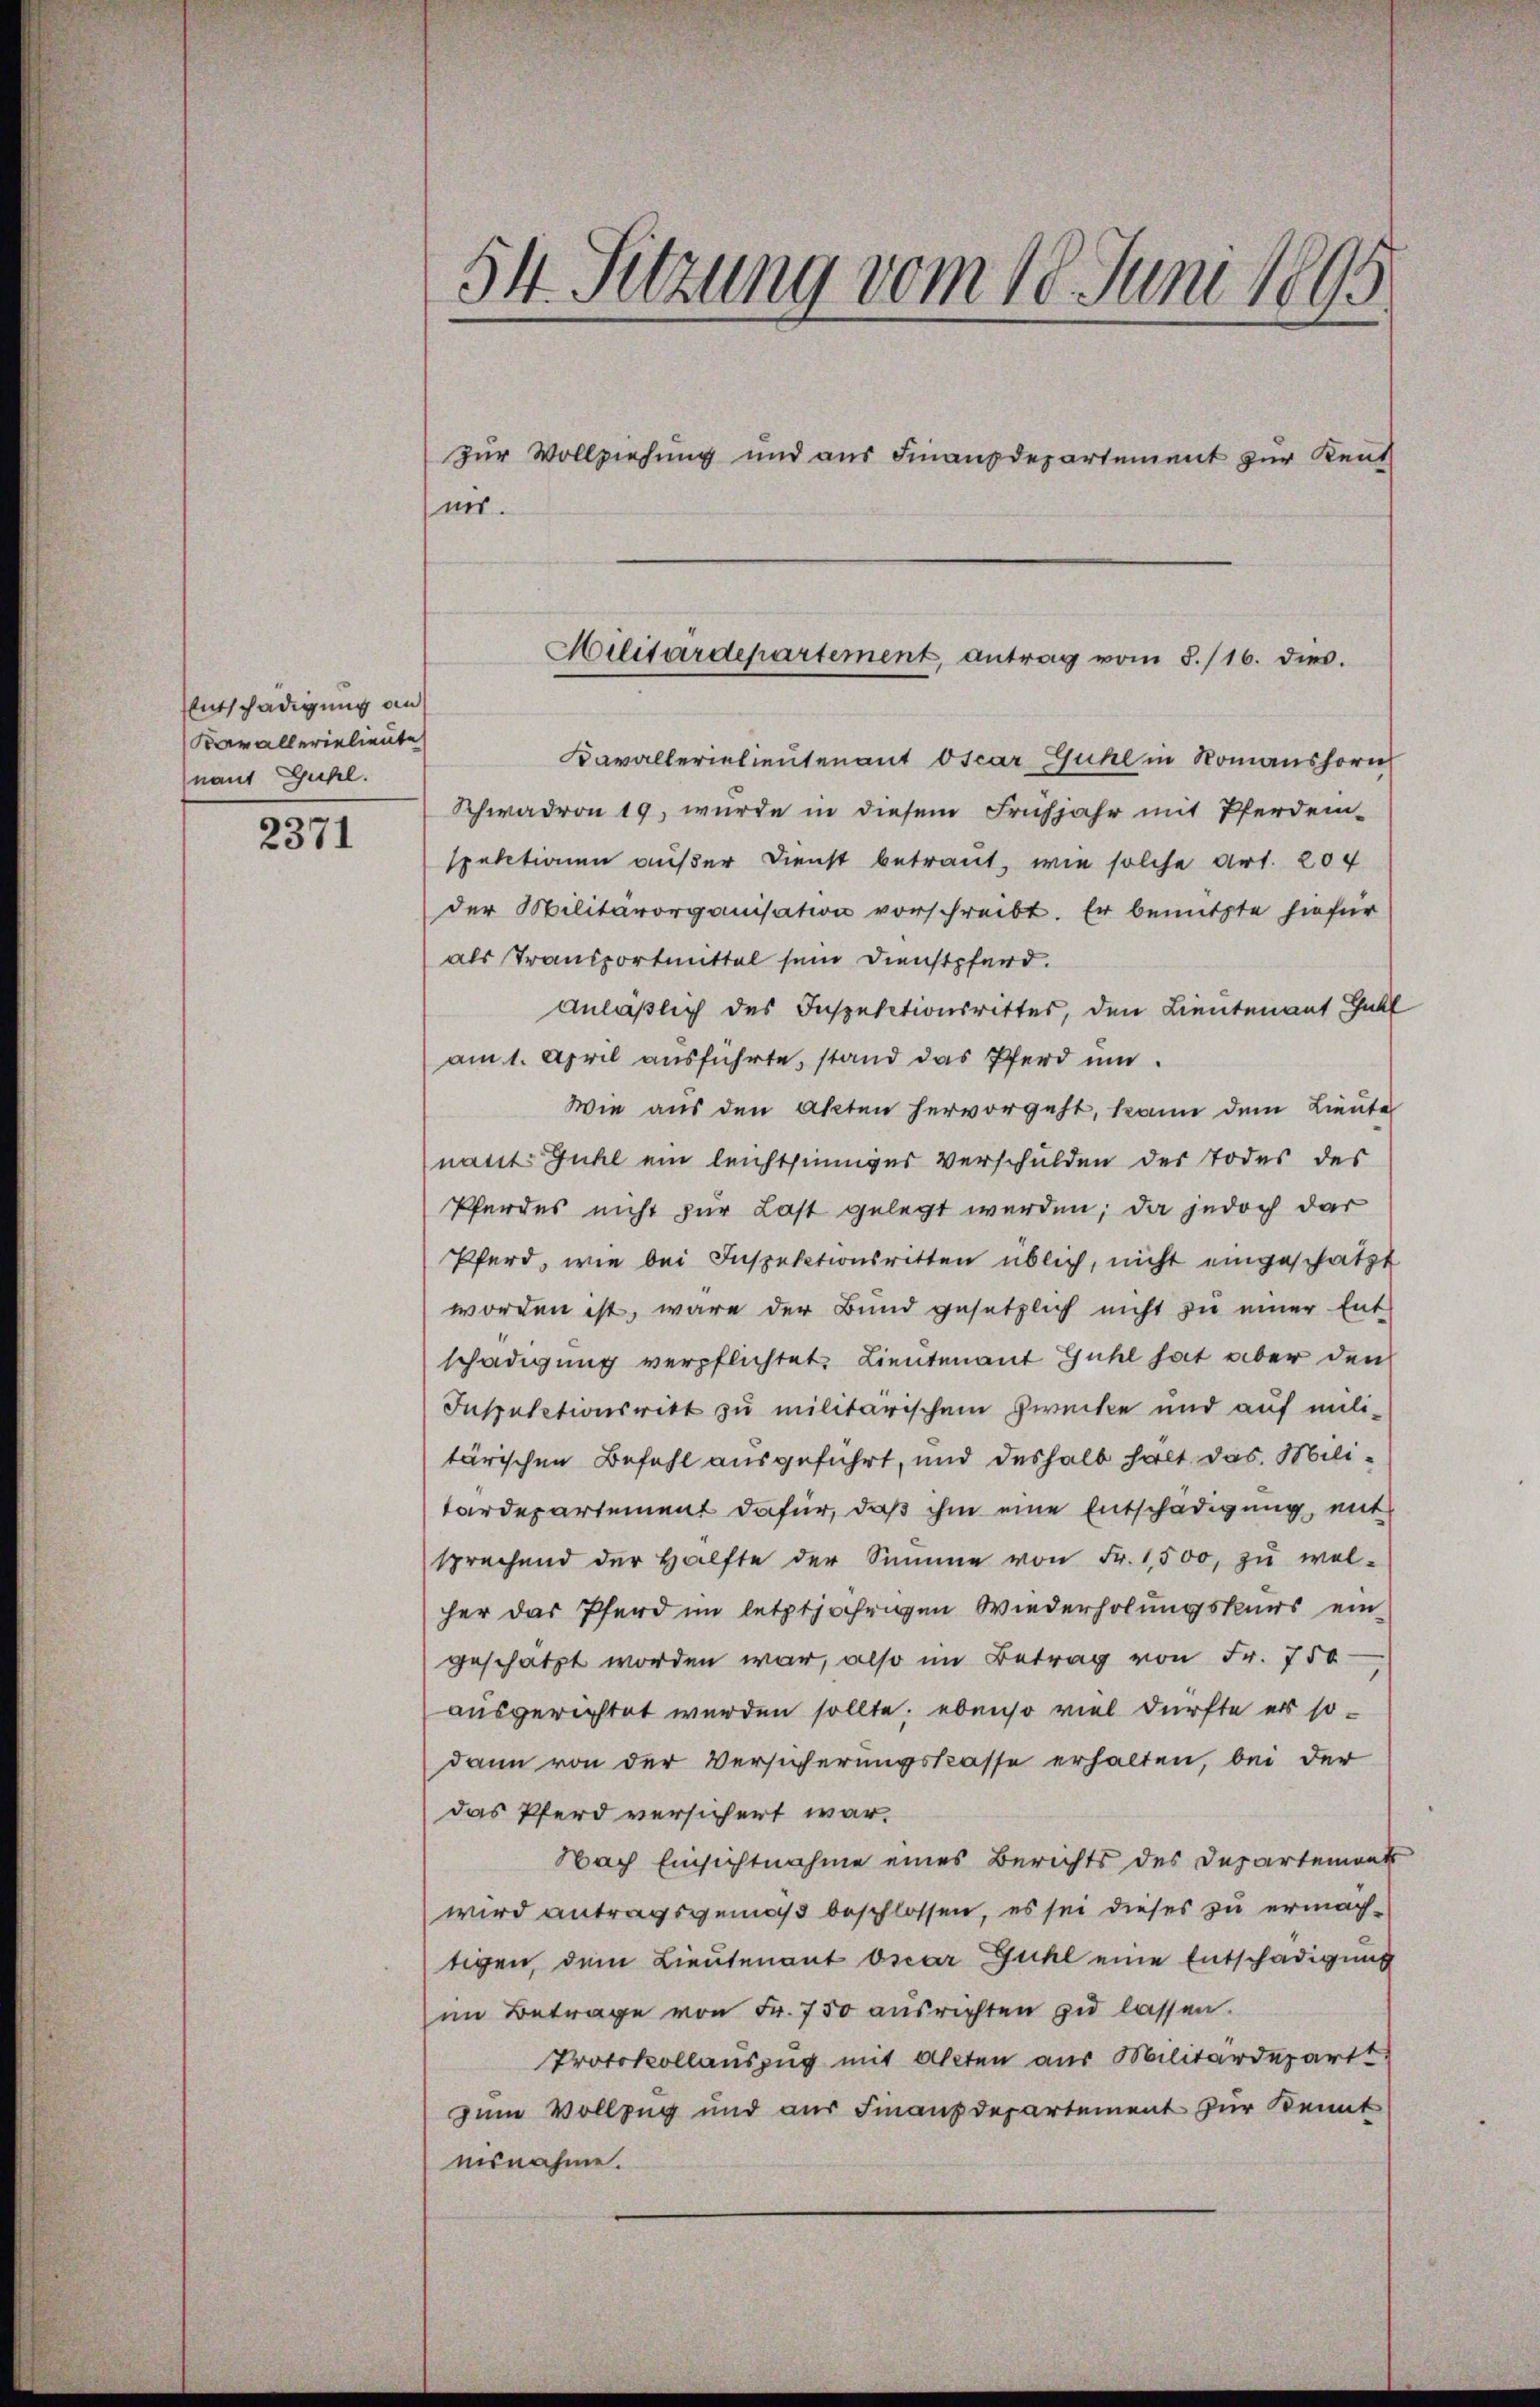
Entschädigung an
Kavallerielieute
nant Guhl.

2371

54. Sitzung vom 18. Juni 1895
zur Vollziehung und aus Finanzdepartement zur Kent
nes.

Kavallerielieutenant Oscar Guhl in Romanshorn
Schwadron 19, wurde in diesem Frühjahr mit Pferdem-
spektionen außer Dienst betraut, wie solche Art. 204
der Militärorganisation vorschreibt. Er benutzte hiefür
als Transportmittel sein Dienstpferd.
Anläßlich des Inspektionsrittes, den Lieutenant Guhl
am 1. April ausführte, stand das Pferd um
Wie aus den Akten hervorgeht, kann dem Lieute
nant Guhl ein leichtsinniger Verschulden der Todes des
Pferdes nicht zur Last gelegt werden; da jedoch dar
Pferd, wie bei Inspektionsritten üblich, nicht eingeschätzt
worden ist, wäre der Bund gesetzlich nicht zu einer Ent-
schädigung verpflichtet. Lieutenant Guhl hat aber den
Inspektionsritt zu militärischem Zwecke und auf militärischen Befehl ausgeführt, und deshalb halt das Militardepartement dafür, daß ihm eine Entschädigung, mit
sprechend der Hälfte der Summe von Fr. 1500 zŭ wol-
her das Pferd im letztjährigen Wiederholungskurs ein-
geschätzt worden war, also im Betrag von Fr. 750
ausgerichtet werden sollte; ebenso viel dürfte er sodann von der Versicherungstrasse erhalten, bei der
das Pferd versichert war.
Nach Einsichtnahme eines Berichts des Departemont
wird antragsgemäß beschlossen, es sei dieses zu ermachtigen, dem Lieutenant oscar Guhl eine Entschädigung
im Betrage von Fr. 750 ausrichten zu lassen.
Protokollauszug mit Akten aus Militärdeparte
zum Vollzug und aus Finanzdepartement zur Kennt
ausnahme.

Militärdepartement, antrag vom 8./16. dies.